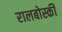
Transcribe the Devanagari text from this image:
रालबोस्की